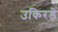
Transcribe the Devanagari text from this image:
उकिरडे